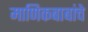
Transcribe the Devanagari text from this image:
माणिकबाबांचे